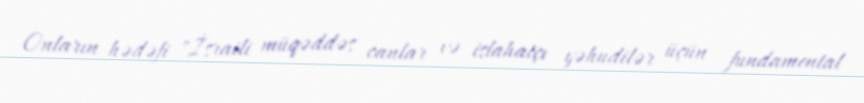
Onların hədəfi "İsraili müqəddəs canlar və islahatçı yəhudilər üçün fundamental